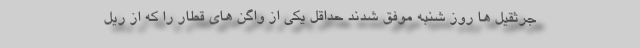
جرثقیل ها روز شنبه موفق شدند حداقل یکی از واگن های قطار را که از ریل